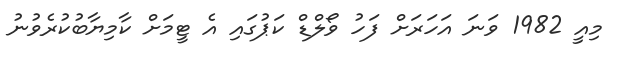
މިއީ 1982 ވަނަ އަހަރަށް ފަހު ވޯލްޑް ކަޕުގައި އެ ޓީމަށް ކާމިޔާބުކުރެވުނު